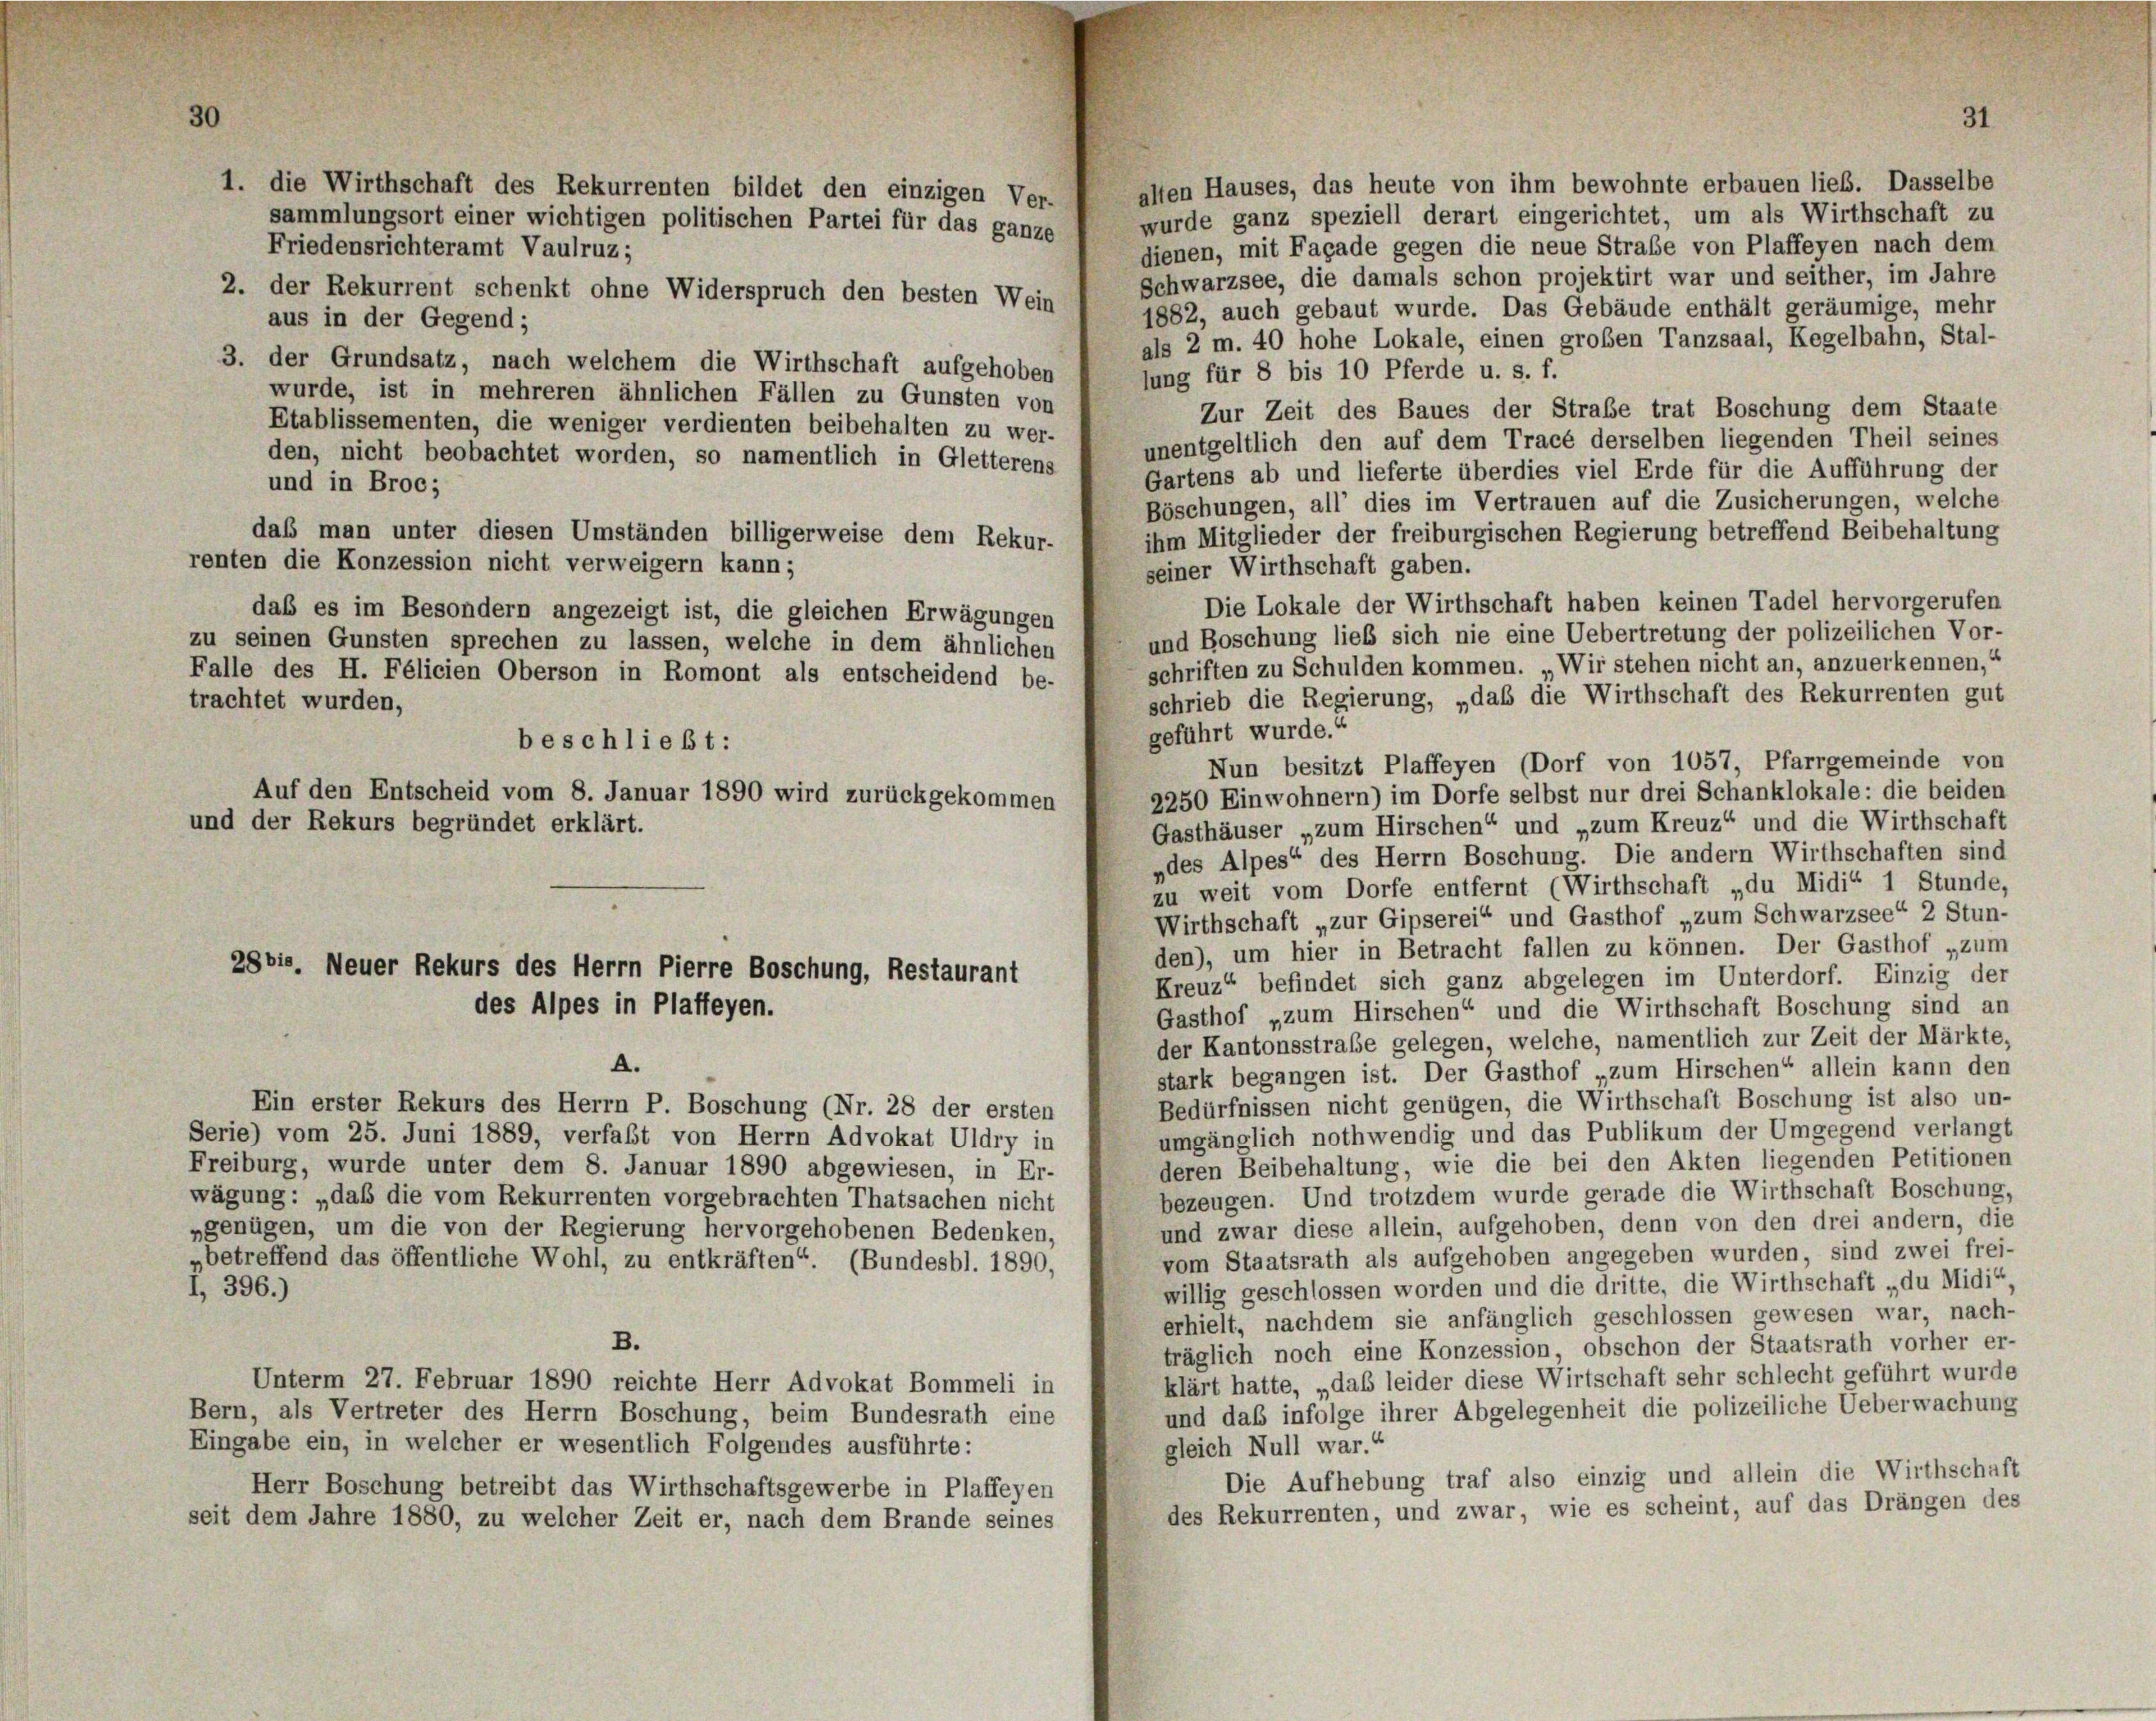
alten Hauses, das heute von ihm bewohnte erbauen lieb. Dasselbe
wurde ganz speziell derart eingerichtet, um als Wirthschaft zu
dienen, mit Façade gegen die neue Straße von Plaffeyen nach dem
Friedensrichteramt Vaulruz;
Schwarzsee, die damals schon projektirt war und seither, im Jahre
1882, auch gebaut wurde. Das Gebäude enthält geräumige, mehr
aus in der Gegend;
als 2 m. 40 hohe Lokale, einen großen Tanzsaal, Kegelbahn, Stal-
3. der Grundsatz, nach welchem die Wirthschaft aufgehoben
lung für 8 bis 10 Pferde u. s. f.
wurde, ist in mehreren ähnlichen Fällen zu Gunsten von
Zur Zeit des Baues der Strabe trat Boschung dem Staate
Etablissementen, die weniger verdienten beibehalten zu wer-
unentgeltlich den auf dem Tracé derselben liegenden Theil seines
den, nicht beobachtet worden, so namentlich in Gletterens
Gartens ab und lieferte überdies viel Erde für die Aufführung der
und in Broc;
Böschungen, all’ dies im Vertrauen auf die Zusicherungen, welche
daß man unter diesen Umständen billigerweise dem Rekur-
ihm Mitglieder der freiburgischen Regierung betreffend Beibehaltung
renten die Konzession nicht verweigern kann;
seiner Wirthschaft gaben.
Die Lokale der Wirthschaft haben keinen Tadel hervorgerufen
das es im Besondern angezeigt ist, die gleichen Erwägungen
und Boschung lieb sich nie eine Uebertretung der polizeilichen Vor-
zu seinen Gunsten sprechen zu lassen, welche in dem ähnlichen
schriften zu Schulden kommen. „Wir stehen nicht an, anzuerkennen,“
Falle des H. Félicien Oberson in Romont als entscheidend be-
schrieb die Regierung, „daß die Wirthschaft des Rekurrenten gut
trachtet wurden,
geführt wurde.“
Nun besitzt Plaffeyen (Dorf von 1057, Pfarrgemeinde von
2250 Einwohnern) im Dorfe selbst nur drei Schanklokale: die beiden
Gasthäuser „zum Hirschen“ und „zum Kreuz“ und die Wirthschaft
„des Alpes“ des Herrn Boschung. Die andern Wirthschaften sind
zu weit vom Dorfe entfernt (Wirthschaft „du Midi“ 1 Stunde,
Wirthschaft „zur Gipserei“ und Gasthof „zum Schwarzsee“ 2 Stun-
den), um hier in Betracht fallen zu können. Der Gasthof „zum
28bis, Neuer Rekurs des Herrn Pierre Boschung, Restaurant
Kreuz“ befindet sich ganz abgelegen im Unterdorf. Einzig der
des Alpes in Plaffeyen.
Gasthof „zum Hirschen“ und die Wirthschaft Boschung sind an
der Kantonsstraße gelegen, welche, namentlich zur Zeit der Märkte,
A.
stark begangen ist. Der Gasthof „zum Hirschen“ allein kann den
Bedürfnissen nicht genügen, die Wirthschaft Boschung ist also un-
Ein erster Rekurs des Herrn P. Boschung (Nr. 28 der ersten
umgänglich nothwendig und das Publikum der Umgegend verlangt
Serie) vom 25. Juni 1889, verfaßt von Herrn Advokat Uldry in
deren Beibehaltung, wie die bei den Akten liegenden Petitionen
Freiburg, wurde unter dem 8. Januar 1890 abgewiesen, in Er-
bezeugen. Und trotzdem wurde gerade die Wirthschaft Boschung,
wägung: „daß die vom Rekurrenten vorgebrachten Thatsachen nicht
und zwar diese allein, aufgehoben, denn von den drei andern, die
„genügen, um die von der Regierung hervorgehobenen Bedenken,
vom Staatsrath als aufgehoben angegeben wurden, sind zwei frei-
„betreffend das öffentliche Wohl, zu entkräften“. (Bundesbl. 1890,
willig geschlossen worden und die dritte, die Wirthschaft „du Midi“.
I, 396.)
erhielt, nachdem sie anfänglich geschlossen gewesen war, nach-
B.
träglich noch eine Konzession, obschon der Staatsrath vorher er-
klärt hatte, „daß leider diese Wirtschaft sehr schlecht geführt wurde
Unterm 27. Februar 1890 reichte Herr Advokat Bommeli in
und das infolge ihrer Abgelegenheit die polizeiliche Ueberwachung
Bern, als Vertreter des Herrn Boschung, beim Bundesrath eine
Eingabe ein, in welcher er wesentlich Folgendes ausführte:
gleich Null war.“
Die Aufhebung traf also einzig und allein die Wirthschaft
Herr Boschung betreibt das Wirthschaftsgewerbe in Plaffeyen
des Rekurrenten, und zwar, wie es scheint, auf das Drängen des
seit dem Jahre 1880, zu welcher Zeit er, nach dem Brande seines

und der Rekurs begründet erklärt.

1. die Wirthschaft des Rekurrenten bildet den einzigen Ver-

Auf den Entscheid vom 8. Januar 1890 wird zurückgekommen

2. der Rekurrent schenkt ohne Widerspruch den besten Wein

beschließt:

sammlungsort einer wichtigen politischen Partei für das ganze